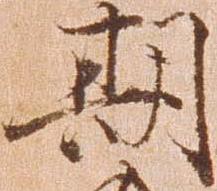
期